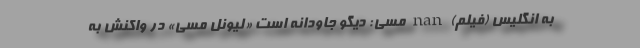
به انگليس (فیلم) nan مسی: دیگو جاودانه است «لیونل مسی» در واکنش به